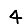
Digit: 4